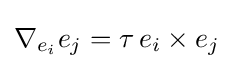
\nabla _{e_{i}}e_{j}=\tau \,e_{i}\times e_{j}